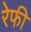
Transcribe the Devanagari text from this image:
रेफी